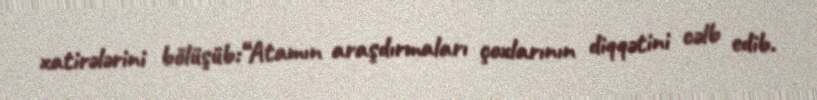
xatirələrini bölüşüb:“Atamın araşdırmaları çoxlarının diqqətini cəlb edib.